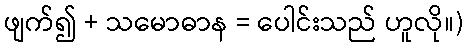
ဖျက်၍ + သမောဓာန = ပေါင်းသည် ဟူလို။)